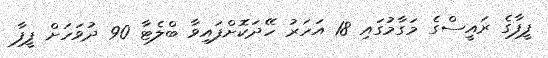
ފީފާގެ ރައީސްގެ މަގާމުގައި 18 އަހަރު ހޭދަކޮށްފައިވާ ބްލެޓާ 90 ދުވަހަށް ފީފާ